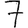
Digit: 7